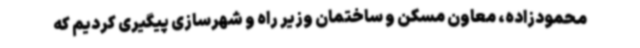
محمودزاده، معاون مسکن و ساختمان وزیر راه و شهرسازی پیگیری کردیم که